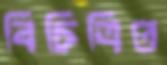
বিচিত্রিত